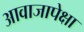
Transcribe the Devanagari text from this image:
आवाजापेक्षा